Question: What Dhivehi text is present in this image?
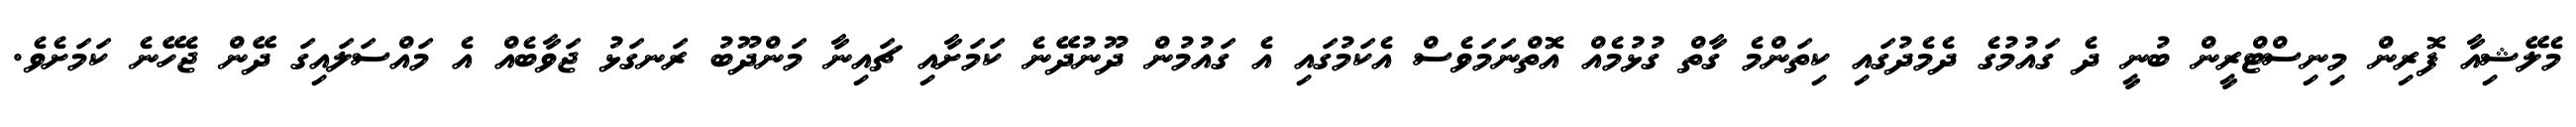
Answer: މެލޭޝިއާ ފޮރިން މިނިސްޓްރީން ބުނީ ދެ ގައުމުގެ ދެމެދުގައި ކިތަންމެ ގާތް ގުޅުމެއް އޮތްނަމަވެސް އެކަމުގައި އެ ގައުމުން ދޫނުދޭނެ ކަމަށާއި ޗައިނާ މަންދޫބު ރަނގަޅު ޖަވާބެއް އެ މައްސަލައިގަ ދޭން ޖެހޭނެ ކަމަށެވެ.